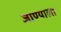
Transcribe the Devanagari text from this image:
जाण्याला